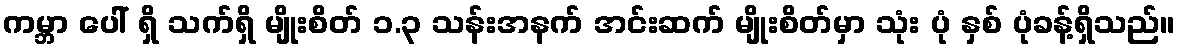
ကမ္ဘာ ပေါ် ရှိ သက်ရှိ မျိုးစိတ် ၁.၃ သန်းအနက် အင်းဆက် မျိုးစိတ်မှာ သုံး ပုံ နှစ် ပုံခန့်ရှိသည်။